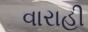
વારાહી